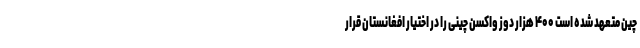
چین متعهد شده است ۴۰۰ هزار دوز واکسن چینی را در اختیار افغانستان قرار